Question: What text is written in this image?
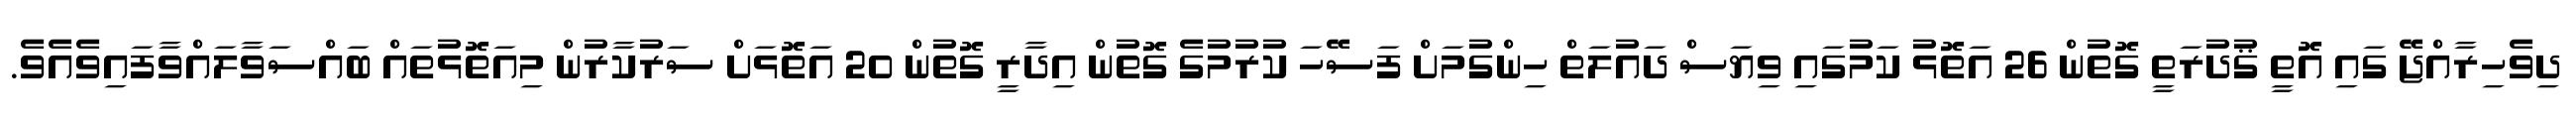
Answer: ދިވެހިރާއްޖޭ ގައި އޮތީ ޤުދުރަތީ ގޮތުން 26 އަތޮޅު ކަމުގައި ވިޔަސް ދައުލަތް ހިންގުމަށް ފަސޭހަ ކުރުމުގެ ގޮތުން އިދާރީ ގޮތުން 20 އަތޮޅަށް ސަރުކާރުން މިއަތޮޅުތައް ބައްސަވާލައްވާފައިވެއެވެ.